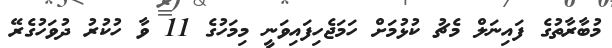
މުބާރާތުގެ ފައިނަލް މެޗު ކުޅުމަށް ހަމަޖެހިފައިވަނީ މިމަހުގެ 11 ވާ ހުކުރު ދުވަހުގެރޭ